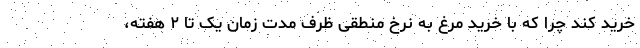
خرید کند چرا که با خرید مرغ به نرخ منطقی ظرف مدت زمان یک تا ۲ هفته،